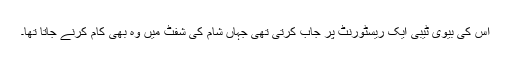
اس کی بیوی ٹیبی ایک ریسٹورنٹ پر جاب کرتی تھی جہاں شام کی شفٹ میں وہ بھی کام کرنے جاتا تھا۔